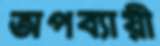
অপব্যায়ী